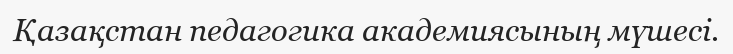
Қазақстан педагогика академиясының мүшесі.